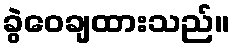
ခွဲဝေချထားသည်။